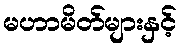
မဟာမိတ်များနှင့်